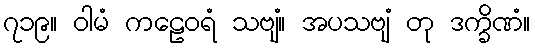
၇၁၉။ ဝါမံ ကဠေဝရံ သဗျံ။ အပသဗျံ တု ဒက္ခိဏံ။